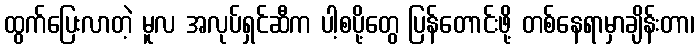
ထွက်ပြေးလာတဲ့ မူလ အလုပ်ရှင်ဆီက ပါ့စပို့တွေ ပြန်တောင်းဖို့ တစ်နေရာမှာချိန်းတာ၊